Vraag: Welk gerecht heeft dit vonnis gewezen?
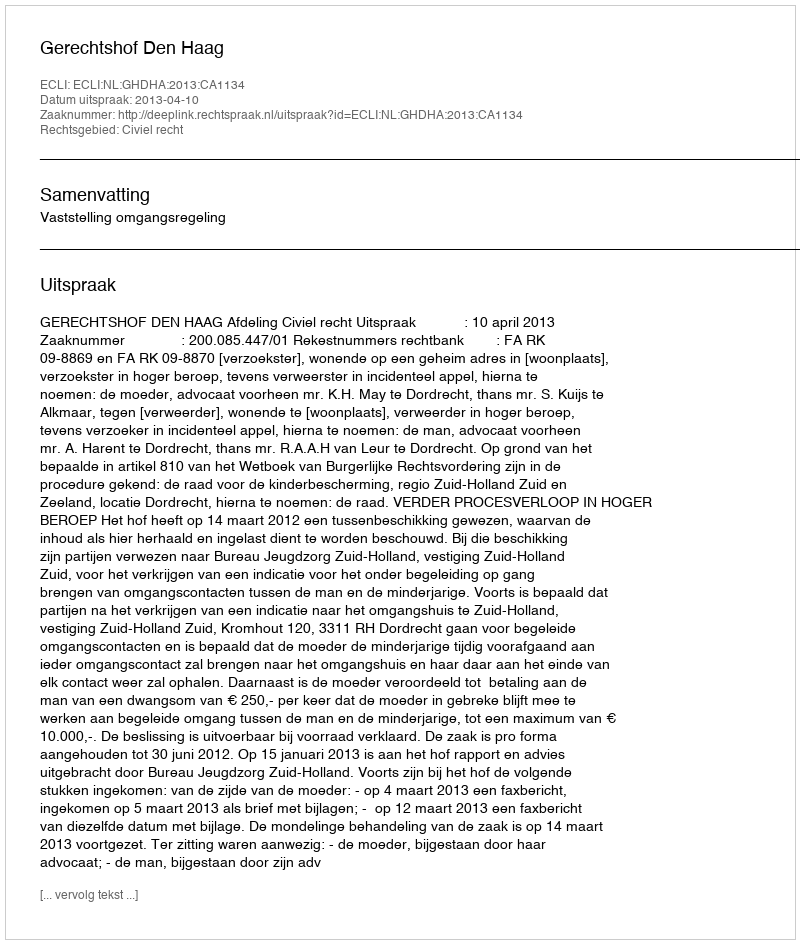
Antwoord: Gerechtshof Den Haag